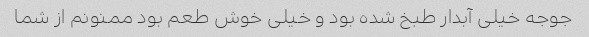
جوجه خیلی آبدار طبخ شده بود و خیلی خوش طعم بود ممنونم از شما